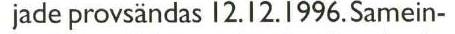
jade provsändas 12.12.1996.Samein-